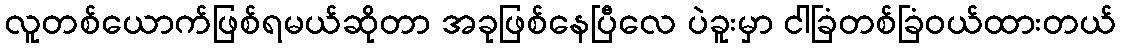
လူတစ်ယောက်ဖြစ်ရမယ်ဆိုတာ အခုဖြစ်နေပြီလေ ပဲခူးမှာ ငါခြံတစ်ခြံဝယ်ထားတယ်